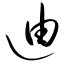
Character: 迪